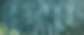
বড়বাবুর